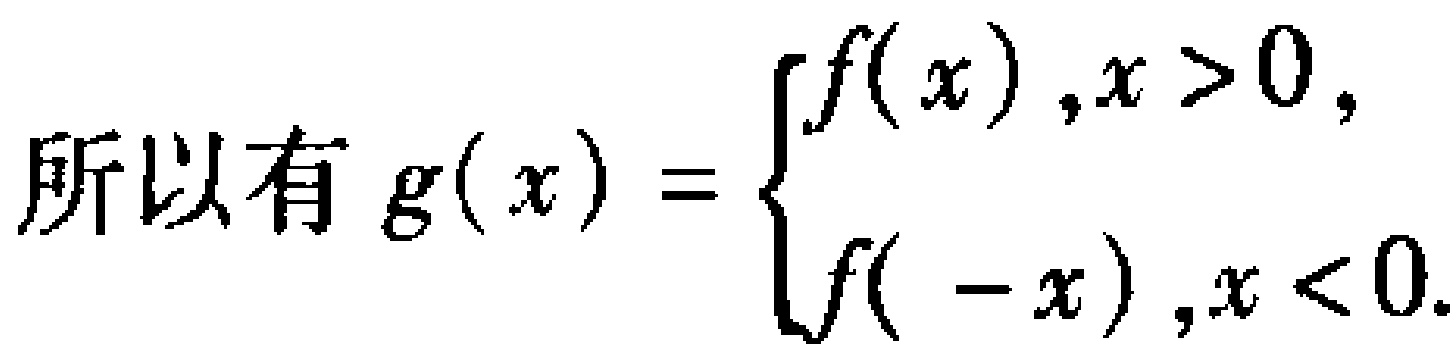
所以有 \(g(x)=\begin{cases}

f(x),&x > 0,\\

f(-x),&x < 0.

\end{cases}\)